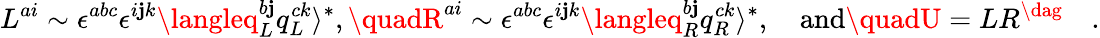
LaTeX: L^{ai}\sim\epsilon^{abc}\epsilon^{i\mathbf{j}k}\langleq_{L}^{b\mathbf{j}}q_{L}^{ck}\rangle^{*},\quadR^{ai}\sim\epsilon^{abc}\epsilon^{i\mathbf{j}k}\langleq_{R}^{b\mathbf{j}}q_{R}^{ck}\rangle^{*},\quad\mathrm{{and}}\quadU=LR^{\dag}\quad.